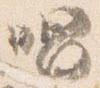
唱